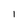
Character: I